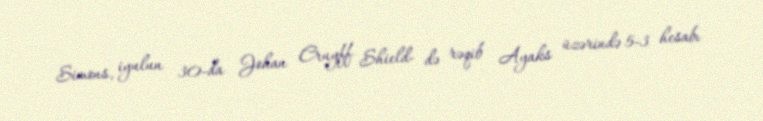
Simons, iyulun 30-da Johan Cruyff Shield- də rəqib Ayaks üzərində 5-3 hesabı